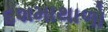
દશમાથાળો